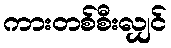
ကားတစ်စီးလျှင်